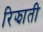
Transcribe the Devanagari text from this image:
रिझाती